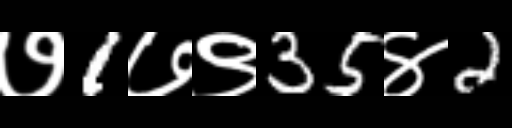
Text: ७1७९35४2